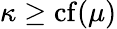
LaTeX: \kappa\geq\operatorname{cf}(\mu)